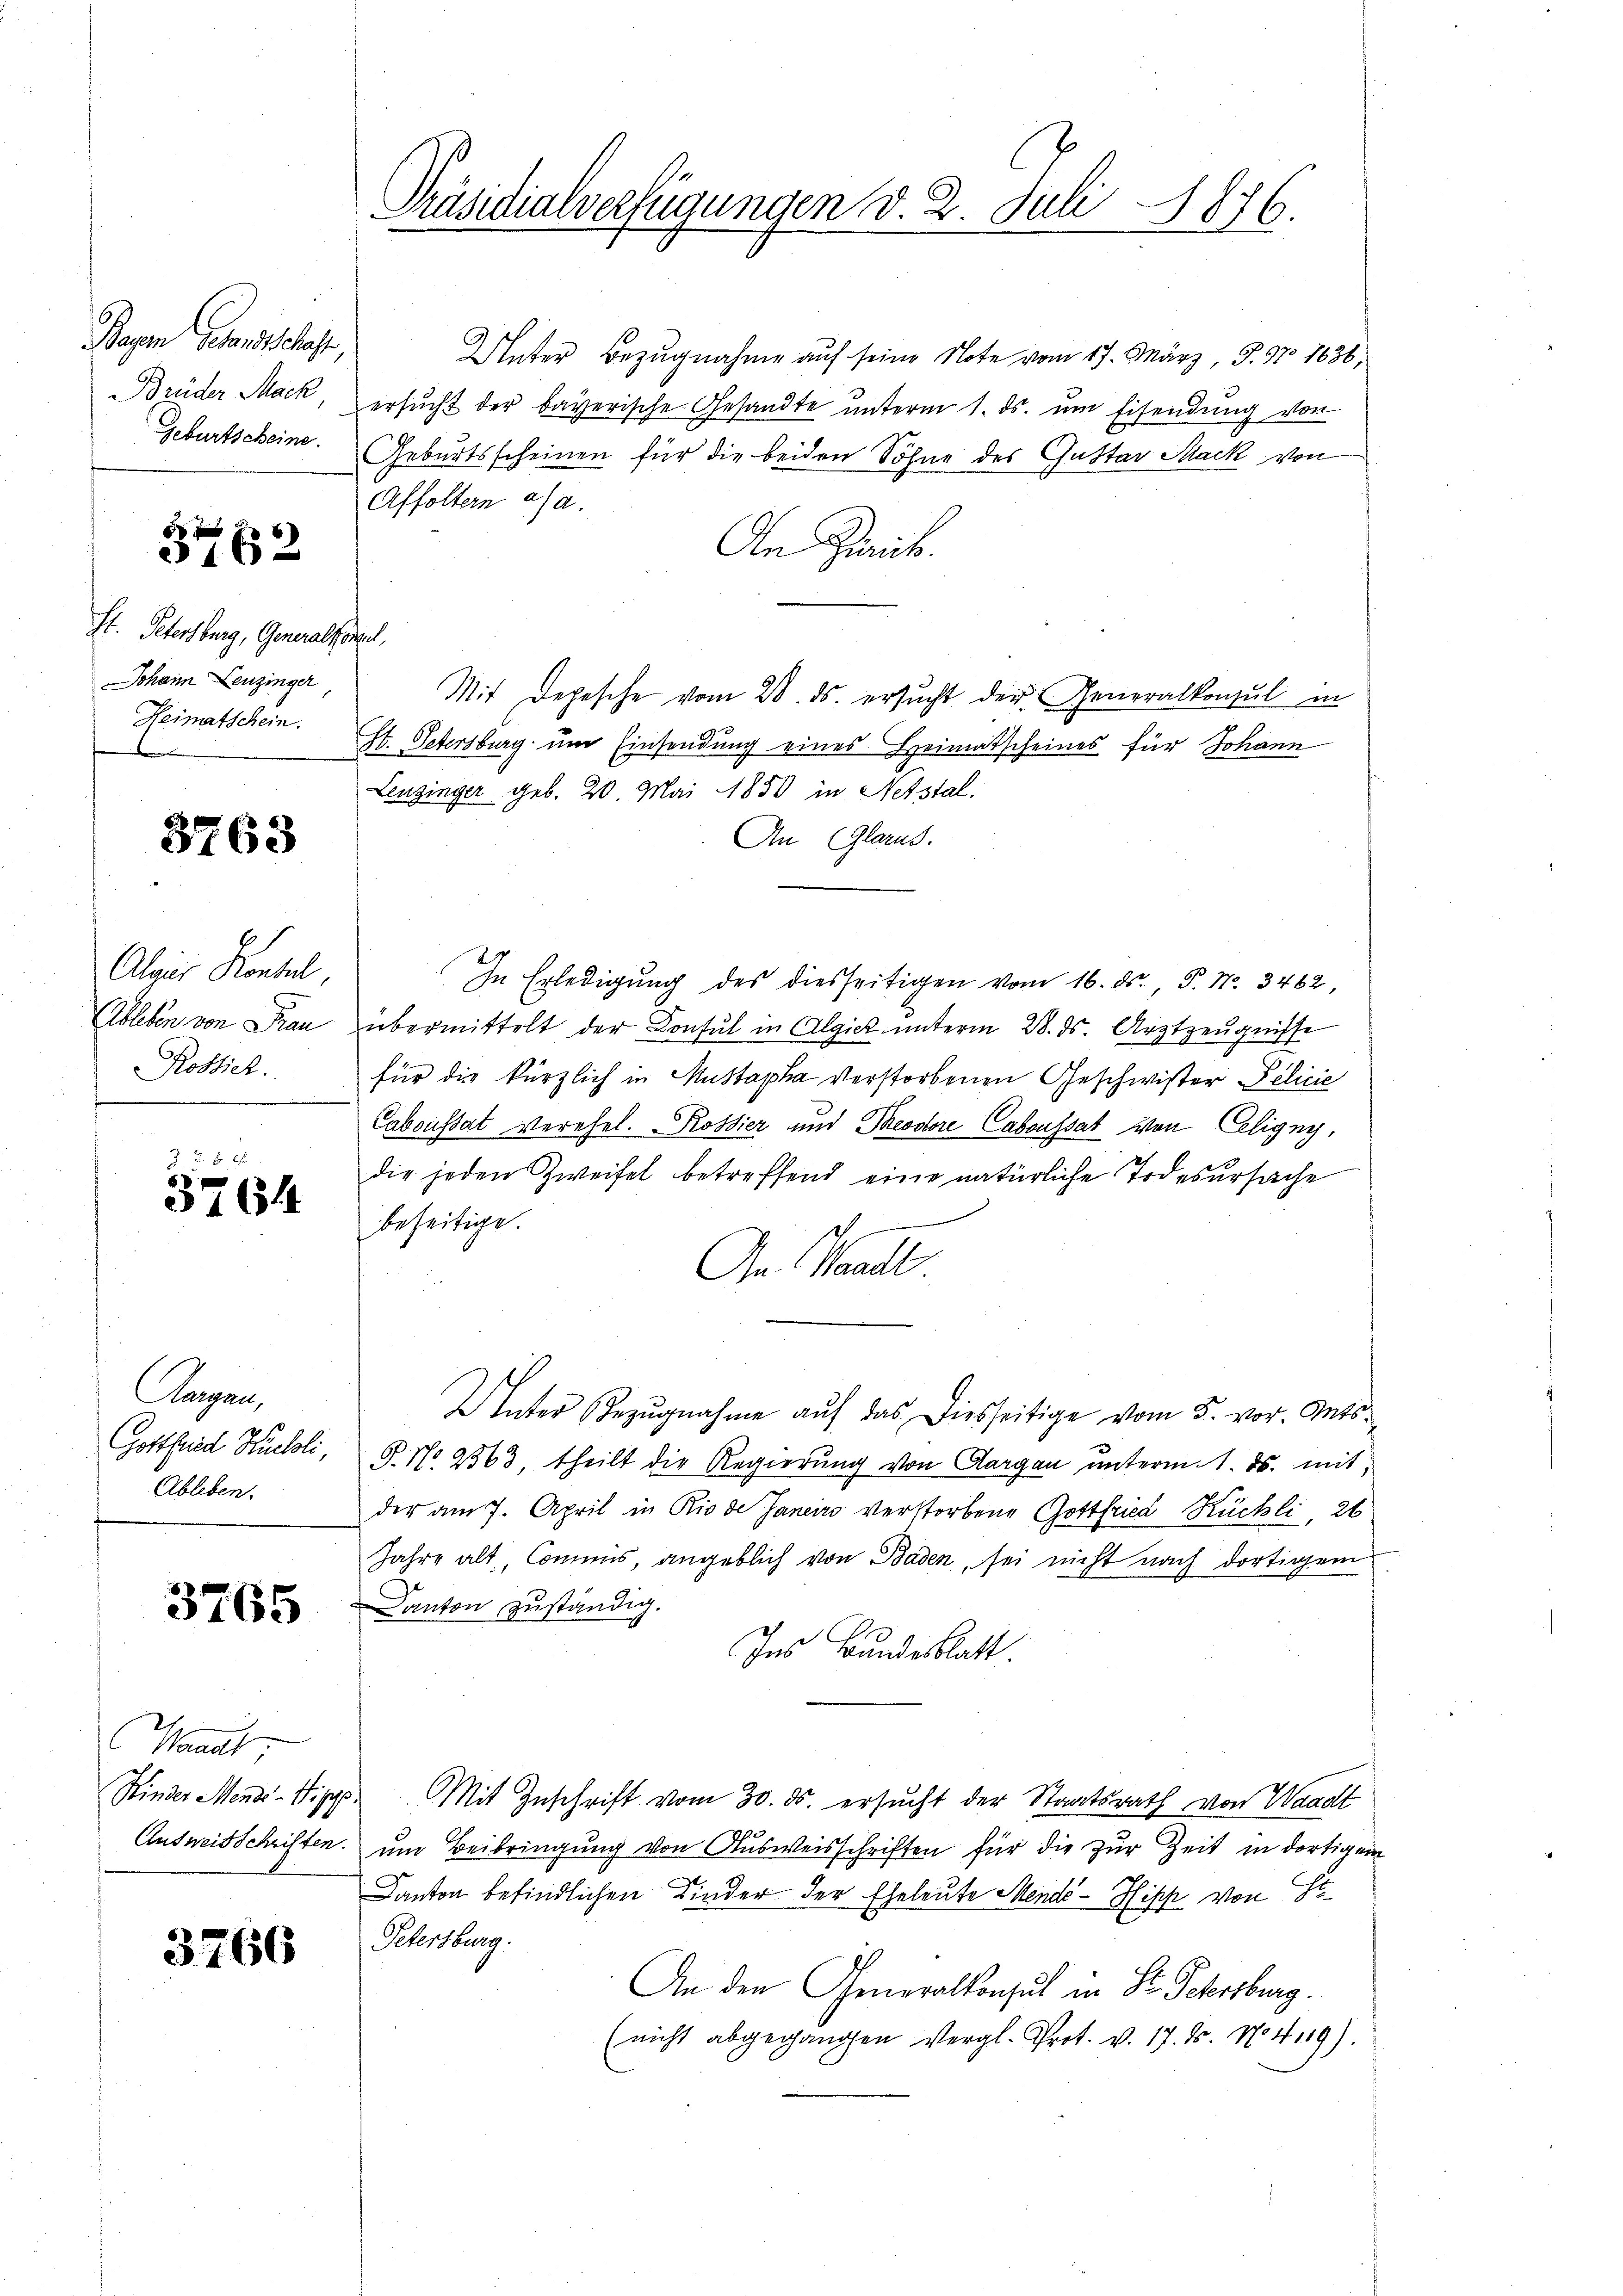
Bagen Gesandtschaft,
Brüder Mack
Geburtscheine.

3462

St. Petersburg, Generalkonseil,
Johann Leuzinger
Heimatschein.

363

Algier Kontel,
Ableben von Frau
Rostich.

2 xx
5
16314

Aargau
Gottfried Huloli,
Ableben.

3765

Manat
Kinder Mende - Hippp.
Ausweisschriften.

3766

Präsidialverfügungen d. 2. Juli 1876.

Unter Bezugnahme auf seine Note vom 17. März, S. 97. 1836,
ersŭcht der bayerische Gesandte unterm 1. ds. um Eisendung von
Geburtsscheinen für die beiden Söhne des Guttar Mack von
Affoltern a. a.
An Zurick.
Mit Depesche vom 28. ds. ersucht der Generalkonsul in
St. Petersburg um Einsendung eines Heimatscheines für Johann
Leuzinger geb. 20. Mai 1850 in Nebstal.
An (Glarus.
In Erledigung des diesseitigen vom 16. ds., P. Nr. 3462
übermittelt der Consul in Algiek ŭnterm 28. ds. Arztzeŭgnisse
für die kürzlich in Mussapha verstorbenen Geschwister Pelicie
Caboustat verehel.  Rossier und Theodore Caboussat von Celigny,
die jeden Zweifel betreffend eine natürliche Todesursache
beseitige.
h
An Waadt
Unter Bezŭgnahme aŭf das Diesseitige vom 5. vor. Mts.
P. No 2363, theilt die Regierung von Aargau unterm 1. ds. mit
der am 7. April in Rio de Janeiro verstorbene Gottfried Rückli, 26
Jahre alt, Commis, angeblich von Baden, sei nicht nach dortigem
Kanton zuständig.
Ins Bundesblatt
Mit Zuschrift vom 30. ds. ersucht der Staatsrath von Waadt
um Beibringung von Ausweisschriften für die zur Zeit in dortigen
Canton befindlichen Kinder der Eheleute Mends-Hisch von Ge¬
Petersburg.
An den Generalkonsul in Dr. Schrsburg.
(nicht abgegangen Vergl. Prot. v. 17. d. 1419).